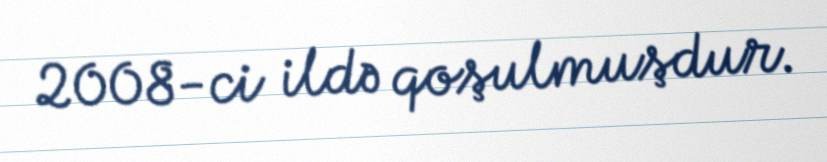
2008-ci ildə qoşulmuşdur.